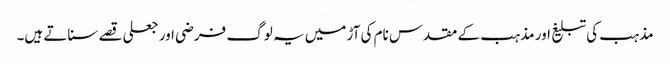
مذہب کی تبلیغ اور مذہب کے مقدس نام کی آڑ میں یہ لوگ فرضی اور جعلی قصے سناتے ہیں۔